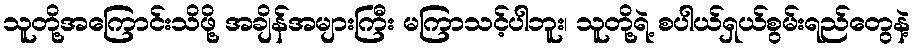
သူတို့အကြောင်းသိဖို့ အချိန်အများကြီး မကြာသင့်ပါဘူး၊ သူတို့ရဲ့ စပါယ်ရှယ်စွမ်းရည်တွေနဲ့